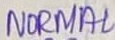
Text: NORMAL